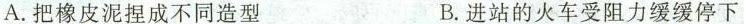
A.把橡皮泥捏成不同造型 B.进站的火车受阻力缓缓停下